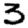
Digit: 3